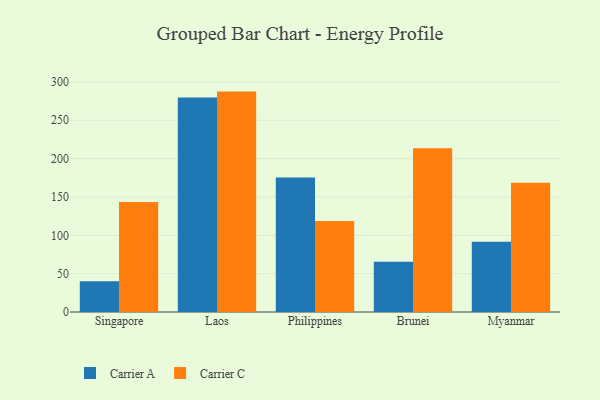
{"axis": {"x": "Country", "y": "Operating Costs (USD K)"}, "legend": ["Carrier A", "Carrier C"], "data": [{"x": "Singapore", "y": 40.2, "type": "Carrier A"}, {"x": "Singapore", "y": 143.4, "type": "Carrier C"}, {"x": "Laos", "y": 279.6, "type": "Carrier A"}, {"x": "Laos", "y": 287.4, "type": "Carrier C"}, {"x": "Philippines", "y": 175.3, "type": "Carrier A"}, {"x": "Philippines", "y": 118.7, "type": "Carrier C"}, {"x": "Brunei", "y": 65.6, "type": "Carrier A"}, {"x": "Brunei", "y": 213.6, "type": "Carrier C"}, {"x": "Myanmar", "y": 91.6, "type": "Carrier A"}, {"x": "Myanmar", "y": 168.5, "type": "Carrier C"}]}